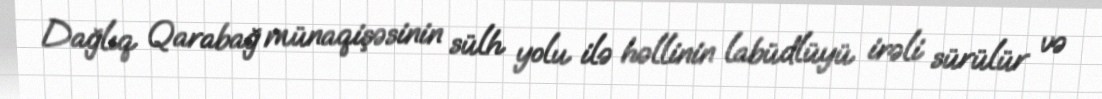
Dağlıq Qarabağ münaqişəsinin sülh yolu ilə həllinin labüdlüyü irəli sürülür və